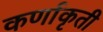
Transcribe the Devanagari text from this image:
कर्णाकृती